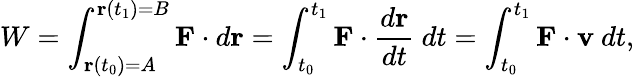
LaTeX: W=\int_{\mathbf{r}(t_{0})=A}^{\mathbf{r}(t_{1})=B}\mathbf{F}\cdot d\mathbf{r}=\int_{t_{0}}^{t_{1}}\mathbf{F}\cdot{\frac{d\mathbf{r}}{dt}}~dt=\int_{t_{0}}^{t_{1}}\mathbf{F}\cdot\mathbf{v}~dt,